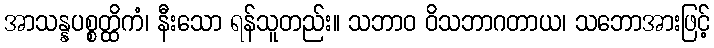
အာသန္နပစ္စတ္ထိကံ၊ နီးသော ရန်သူတည်း။ သဘာဝ ဝိသဘာဂတာယ၊ သဘောအားဖြင့်